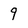
Character: 9